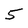
Character: 5